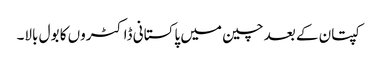
کپتان کے بعد چین میں پاکستانی ڈاکٹروں کا بول بالا۔